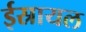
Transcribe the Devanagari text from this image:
ईस्रायल